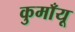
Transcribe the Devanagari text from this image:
कुमाँयू